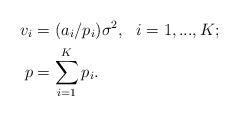
LaTeX: \begin{align*}v_i&=(a_i/p_i)\sigma^2,\ \ i=1,...,K;\\p&=\sum_{i=1}^K p_i.\end{align*}